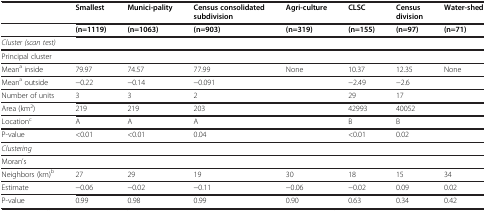
<table><thead><tr><td><b> </b></td><td><b>Smallest</b></td><td><b>Munici-pality</b></td><td><b>Census consolidated subdivision</b></td><td><b>Agri-culture</b></td><td><b>CLSC</b></td><td><b>Census division</b></td><td><b>Water-shed</b></td></tr></thead><tbody><tr><td> </td><td><b>(n=1119)</b></td><td><b>(n=1063)</b></td><td><b>(n=903)</b></td><td><b>(n=319)</b></td><td><b>(n=155)</b></td><td><b>(n=97)</b></td><td><b>(n=71)</b></td></tr><tr><td colspan="2"><i>Cluster (scan test)</i></td><td> </td><td> </td><td> </td><td> </td><td> </td><td> </td></tr><tr><td colspan="8">Principal cluster</td></tr><tr><td>Mean<sup>a</sup> inside</td><td>79.97</td><td>74.57</td><td>77.99</td><td>None</td><td>10.37</td><td>12.35</td><td>None</td></tr><tr><td>Mean<sup>a</sup> outside</td><td>−0.22</td><td>−0.14</td><td>−0.091</td><td> </td><td>−2.49</td><td>−2.6</td><td> </td></tr><tr><td>Number of units</td><td>3</td><td>3</td><td>2</td><td> </td><td>29</td><td>17</td><td> </td></tr><tr><td>Area (km<sup>2</sup>)</td><td>219</td><td>219</td><td>203</td><td> </td><td>42993</td><td>40052</td><td> </td></tr><tr><td>Location<sup>c</sup></td><td>A</td><td>A</td><td>A</td><td> </td><td>B</td><td>B</td><td> </td></tr><tr><td>P-value</td><td>&lt;0.01</td><td>&lt;0.01</td><td>0.04</td><td> </td><td>&lt;0.01</td><td>0.02</td><td> </td></tr><tr><td><i>Clustering</i></td><td> </td><td> </td><td> </td><td> </td><td> </td><td> </td><td> </td></tr><tr><td colspan="8">Moran’s</td></tr><tr><td>Neighbors (km)<sup>b</sup></td><td>27</td><td>29</td><td>19</td><td>30</td><td>18</td><td>15</td><td>34</td></tr><tr><td>Estimate</td><td>−0.06</td><td>−0.02</td><td>−0.11</td><td>−0.06</td><td>−0.02</td><td>0.09</td><td>0.02</td></tr><tr><td>P-value</td><td>0.99</td><td>0.98</td><td>0.99</td><td>0.90</td><td>0.63</td><td>0.34</td><td>0.42</td></tr></tbody></table>